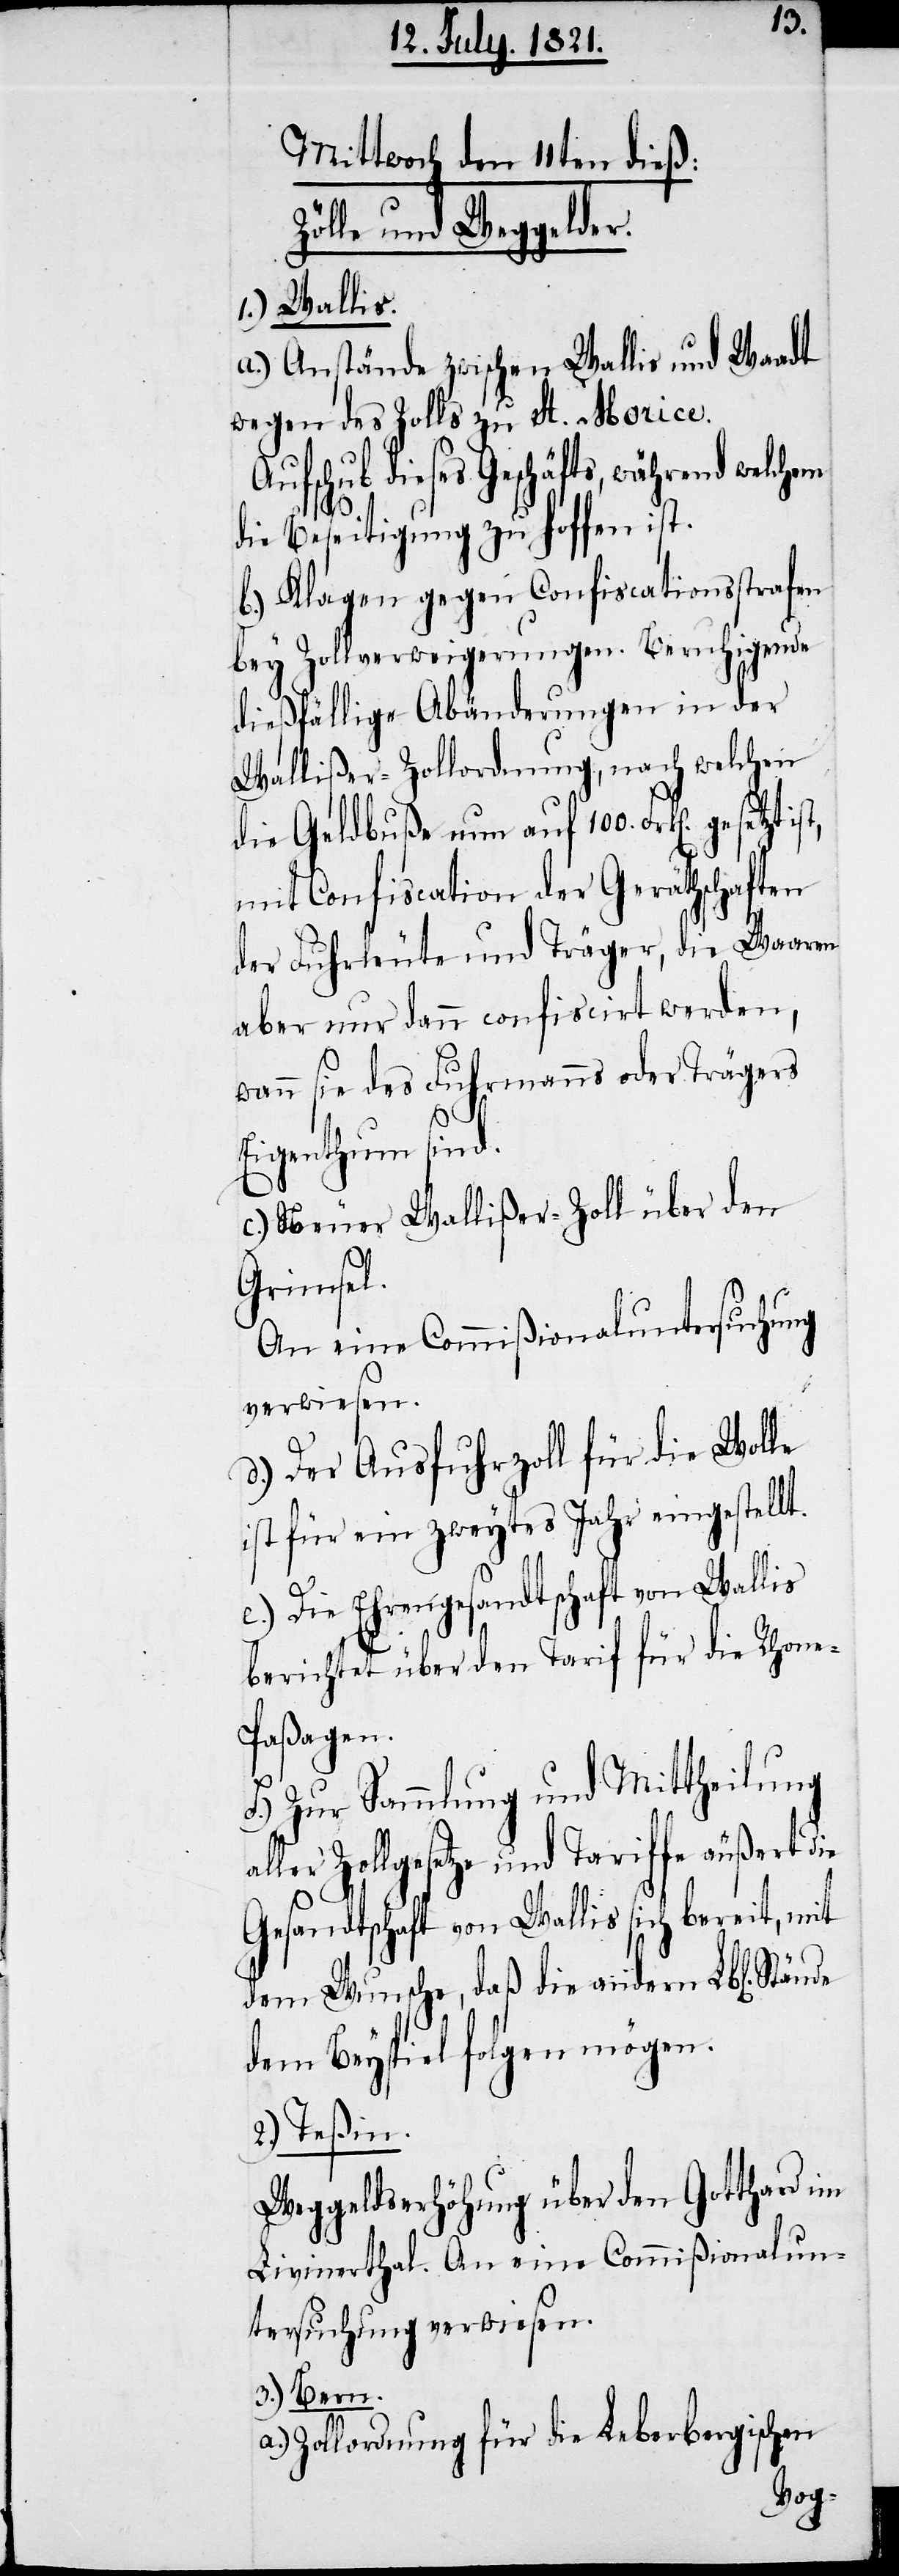
Mittwoch den 11ten dieß:
Zölle und Weggelder.
1.) Wallis.
a.) Anstände zwischen Wallis und Waadt
wegen des Zolls zu St. Morice.
dieses Geschäfts, während welch¬
die Beseitigung zu hoffen ist.
b.) Klagen gegen Confiscationsstrafen
bey Zollverweigerungen. Beruhigende
dießfällige Abänderung in der
Walliser-Zollordnung, nach welchen
die Geldbuße nun auf 100. Frk[en].
mit Confiscation der Geräthschaften
der Fuhrleute und Träger, die Waaren
aber nur dann confiscirt werden,
wann sie des Fuhrmanns oder Trägers
Eigenthum sind.
c.) Neuer Walliser-Zoll über den
Grimsel.
An eine Commißionaluntersuchung
verwiesen.
d.) Der Ausfuhrzoll für die Wolle
ist für ein zweytes Jahr eingestellt.
em
e.) Die Ehrengesandtschaft von Wallis
berichtet über den Tarif für die Rhon¬
e-Paßagen.
f.) Zur Sammlung und Mittheilung
aller Zollgesetze und Tariffe äußert die
Gesandtschaft von Wallis sich bereit, mit
dem Wunsche, daß die andern Lbl[ichen].
dem Beyspiel folgen mögen.
2.) Teßin.
Weggeldserhöhung über den Gotthard im
Livinerthal. An eine Commißionalun¬
tersuchung überwiesen.
3.) Bern.
a.) Zollordnung für die Leberbergischen